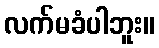
လက်မခံပါဘူး။